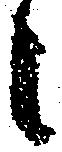
候